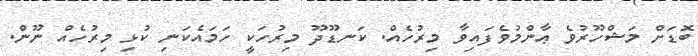
ބޮޑަށް މަޝްހޫރުވެ ޢާންމުވެފައިވާ މިރުހެއް. ކަނޑޫދޫ މިރުހަކީ ހަމައެކަނި ކުޅި މިރުހެއް ނޫން.